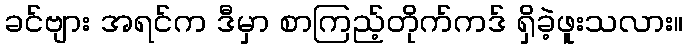
ခင်ဗျား အရင်က ဒီမှာ စာကြည့်တိုက်ကဒ် ရှိခဲ့ဖူးသလား။